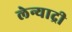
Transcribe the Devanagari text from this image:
लेन्याद्री